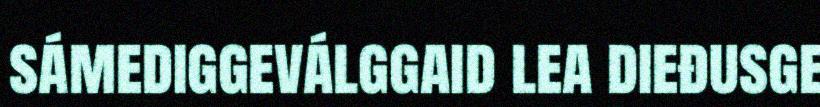
sámediggeválggaid lea dieđusge